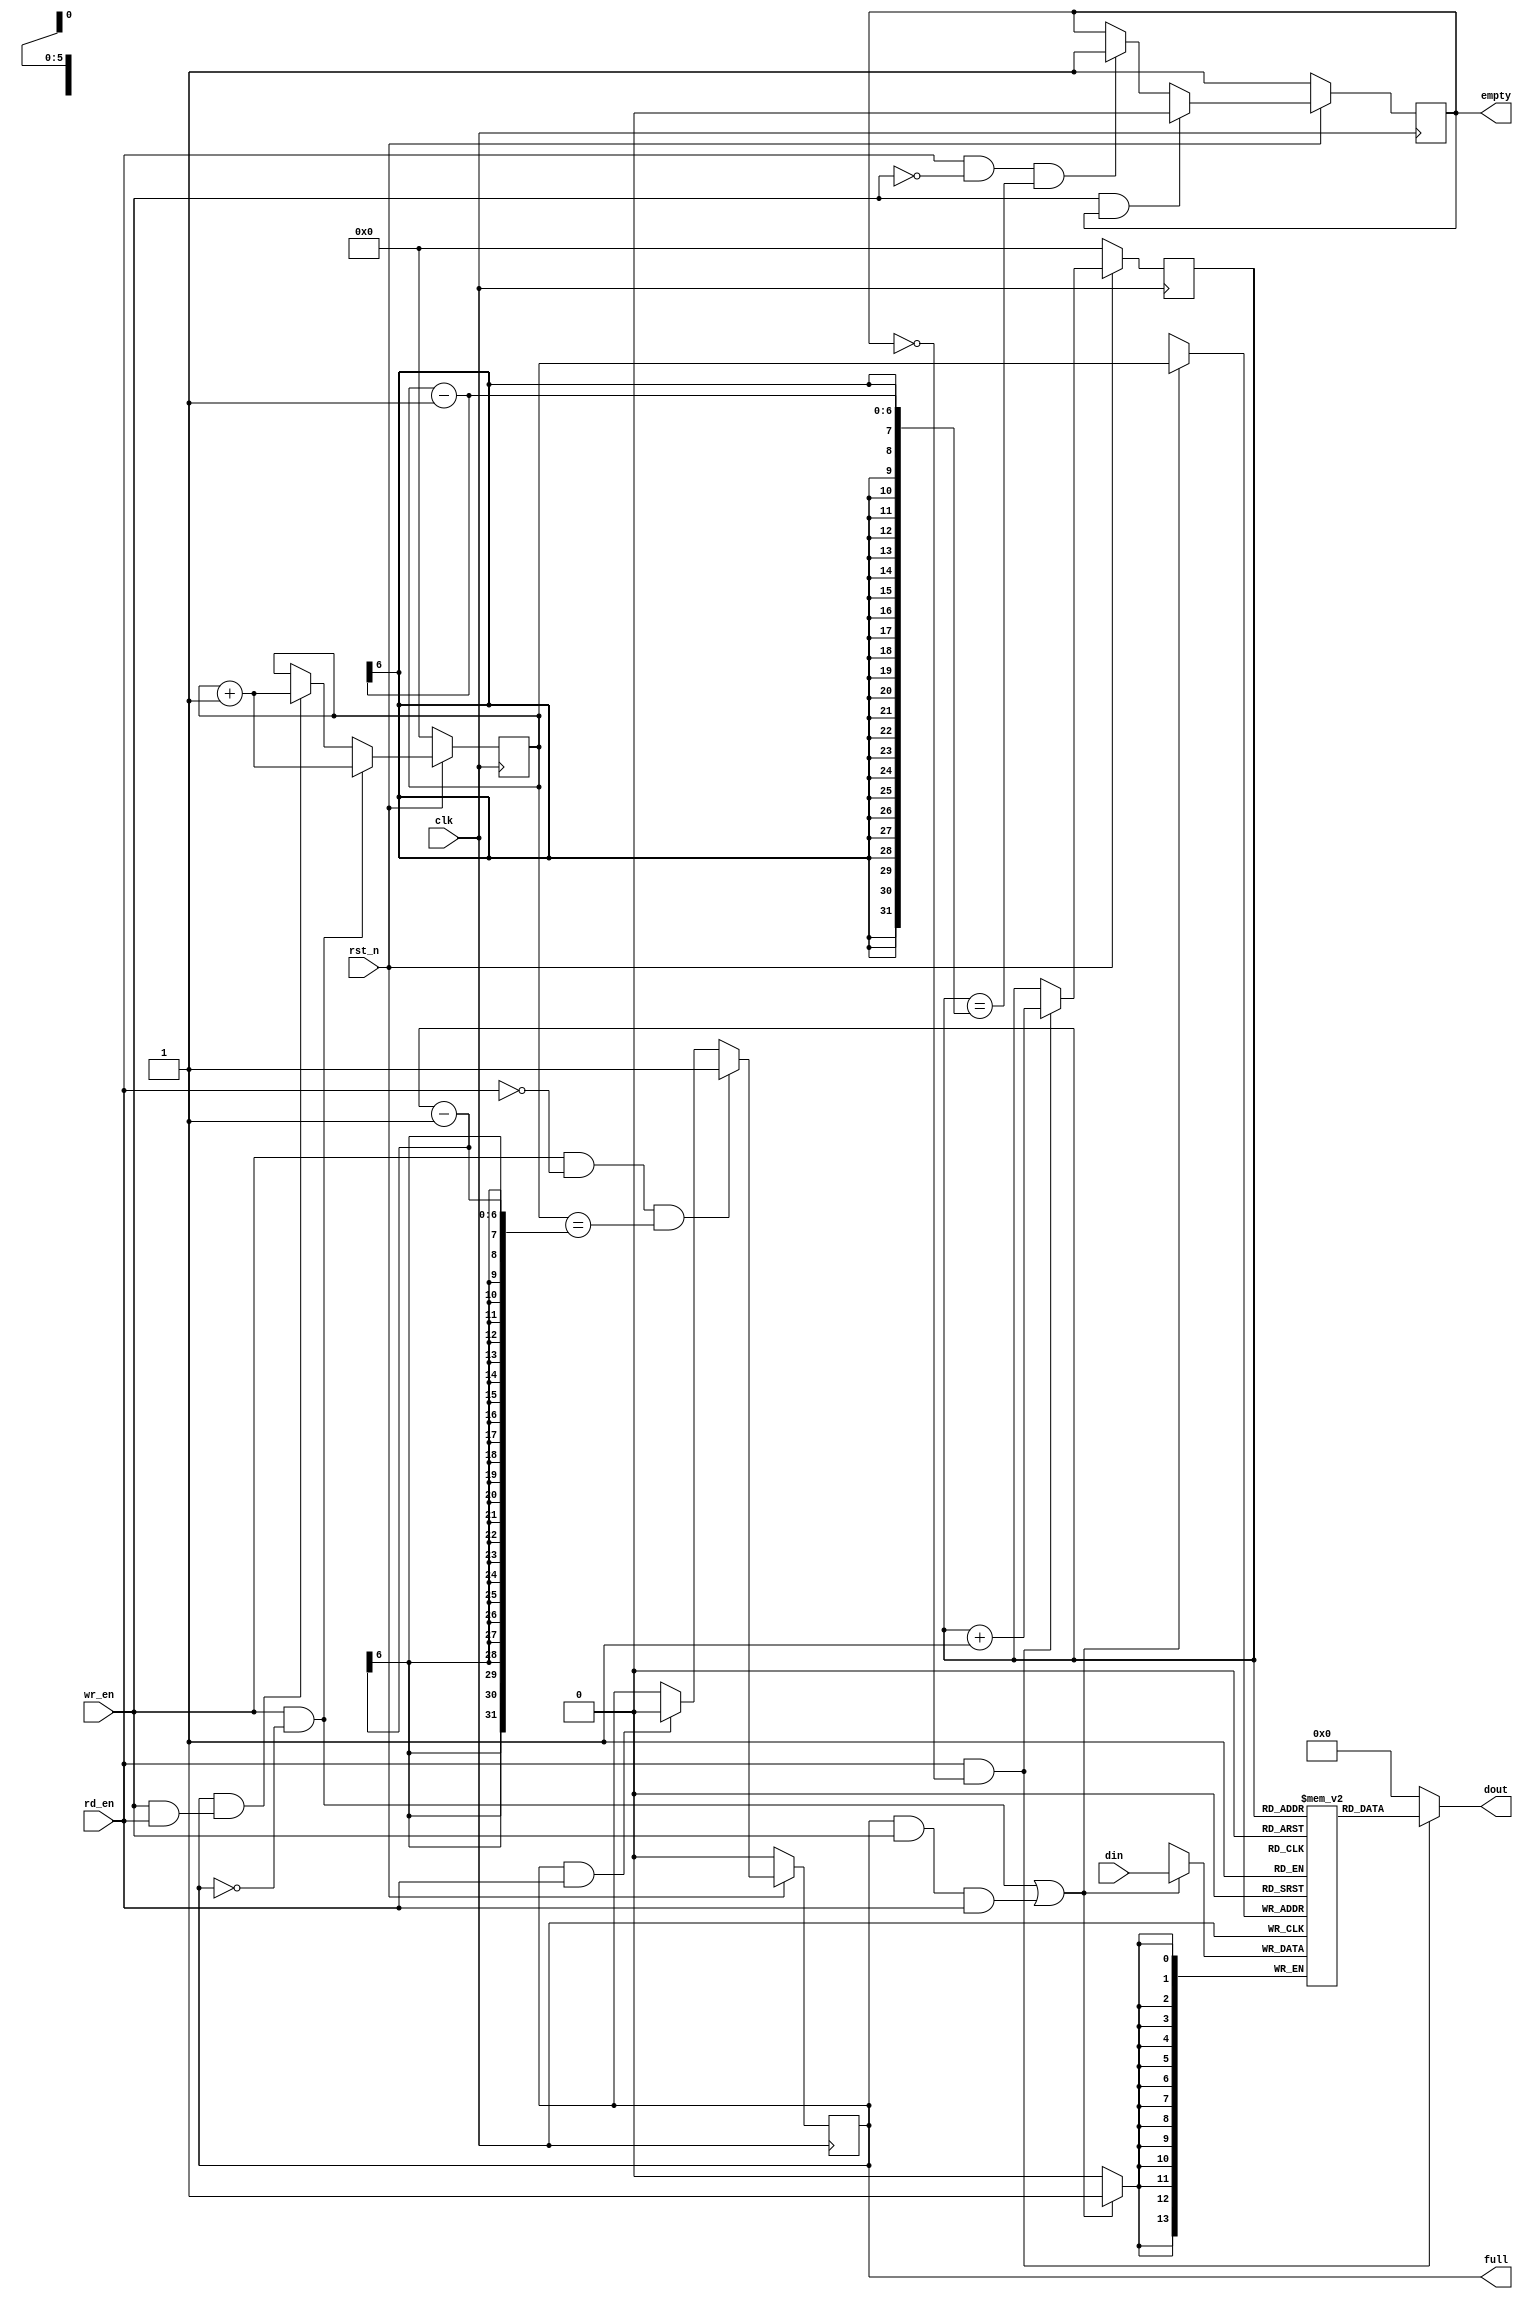
module fifo1
		    #(parameter WIDTH=4'd14,
			parameter DEPTH=7'd64
			)
			(
			  input clk		  		,
			  input rst_n		    ,
			  input[WIDTH-1 : 0] din,
			  input wr_en     		,
			  
			  
			  
			  
			  input rd_en	  		  ,
			  output[WIDTH-1 : 0] dout,
			  output reg empty		  ,
			  output reg full
							  );  

//parameter WIDTH=4'd25,DEPTH=7'd64;//2564,2

reg [WIDTH-1 : 0] ram [DEPTH-1 : 0];//
//reg [DEPTH-1 : 0] count;
//wire [WIDTH-1 : 0] dout,din;//
reg[5:0] rp,wp;//

//din
always@(posedge clk) begin
if((wr_en & ~full) || (full & wr_en & rd_en)) begin
	ram[wp] <= din;
	end
end

//dout
assign dout = (rd_en & ~empty)?ram[rp]:0;

//wp
always@(posedge clk)begin
	if(!rst_n)begin
		wp <= 0;
	end
	else if(wr_en & ~full) begin
		wp <= wp + 1;
		end
	else if(full && (wr_en & rd_en)) begin
		wp <= wp + 1;
	end
end

//rp
always@(posedge clk) begin
	if(!rst_n) begin
		rp <= 0;
	end
    else if(rd_en & ~empty) begin
        rp <= rp + 1;
    end
end

//full
always@(posedge clk) begin
    if(!rst_n) begin
        full <= 0;
    end
    else if((wr_en & ~rd_en) && (wp == rp - 1)) begin
        full <= 1;
    end
    else if(full & rd_en) begin
        full <= 0;
    end
end

//empty
always@(posedge clk) begin
    if(!rst_n) begin
        empty <= 1;
    end
    else if(wr_en & empty) begin
        empty <= 0;
    end
    else if((rd_en & ~wr_en) && (rp == wp - 1)) begin
        empty <= 1;
    end
end

endmodule